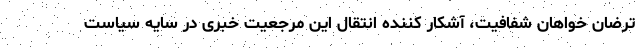
ترضانِ خواهان شفافیت، آشکار کننده انتقال این مرجعیت خبری در سایه سیاست